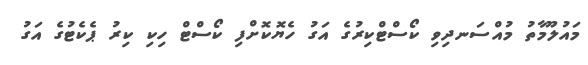
މައުލޫމާތު މުއްސަނދިވި ކޯސްޓްކިރުގެ އަގު ހެޔޮކޮށްފި ކޯސްޓް ހިކި ކިރު ޕެކެޓުގެ އަގު